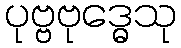
ပုဗ္ဗဗုဒ္ဓေသု